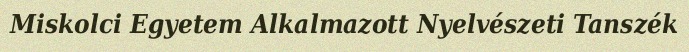
Miskolci Egyetem Alkalmazott Nyelvészeti Tanszék